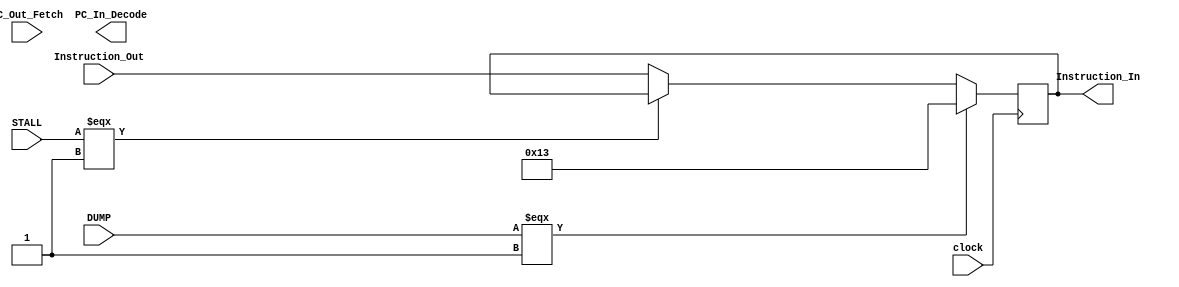
`timescale 1ns / 1ps
//////////////////////////////////////////////////////////////////////////////////
// Company: 
// 
// Design Name: Jonathan Hall
// Module Name: Fetch_Decode_Moderator
// Project Name: RISC-V Pipelined Processor
// Target Devices: 
// Tool Versions: 
// Description: 
// 
// Dependencies: 
// 
// Revision:
// Revision 0.01 - File Created
// Additional Comments:
// 
//////////////////////////////////////////////////////////////////////////////////


module Fetch_Decode_Moderator(
        input clock,
        input [31:0] Instruction_Out,
        input [15:0] PC_Out_Fetch,
        
        input DUMP,
        input STALL,
        
        output [31:0] Instruction_In, //goes IN to Decode
        output [15:0] PC_In_Decode   // goes In to decode
                
    );
    
reg [31:0] Instruction_Reg_ID;
wire [31:0] Instruction_Out_2;
wire [31:0] Instruction_Out_3;

reg [15:0] PC_Reg_ID; //PC that is used in the decode stage
wire [15:0] PC_OUT_2; //for stall

assign Instruction_Out_2 = (STALL === 1) ? Instruction_In:
                                           Instruction_Out;

assign Instruction_Out_3 = (DUMP === 1) ? 32'h00000013:    //dump data, make instruction "add R0 + 0 to R0;"
                                          Instruction_Out_2;

assign Instruction_In = Instruction_Reg_ID; // assign the output wire to the output of the register

//Stall mux for the PC. If stall, we feed back the output PC from register back into register
//otherwise, get PC from Fetch
assign PC_OUT_2 = (STALL === 1) ? PC_In_Decode:
                                  PC_Out_Fetch; 
                          
assign PC_In_DECODE = PC_Reg_ID;  // assign the output wire to the output of the register

//registers only change at posedge
always @(posedge clock)
begin
    Instruction_Reg_ID = Instruction_Out_3;
    PC_Reg_ID = PC_OUT_2;
end

 
endmodule